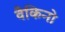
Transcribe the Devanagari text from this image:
वैकिनो